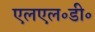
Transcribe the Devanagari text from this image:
एलएल॰डी॰